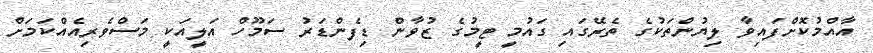
އާއްމުކޮށްފައިވާ ލިޔުންތަކުގެ ތެރޭގައި ގައުމީ ޓީމުގެ ޒުވާން ޑިފެންޑަރު ސަމޫހް އަލީއަކީ މަސްވެރިއެއްކަމަށް